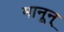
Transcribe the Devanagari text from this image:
मानून्